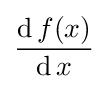
{\frac {\operatorname {d} f(x)}{\operatorname {d} x}}